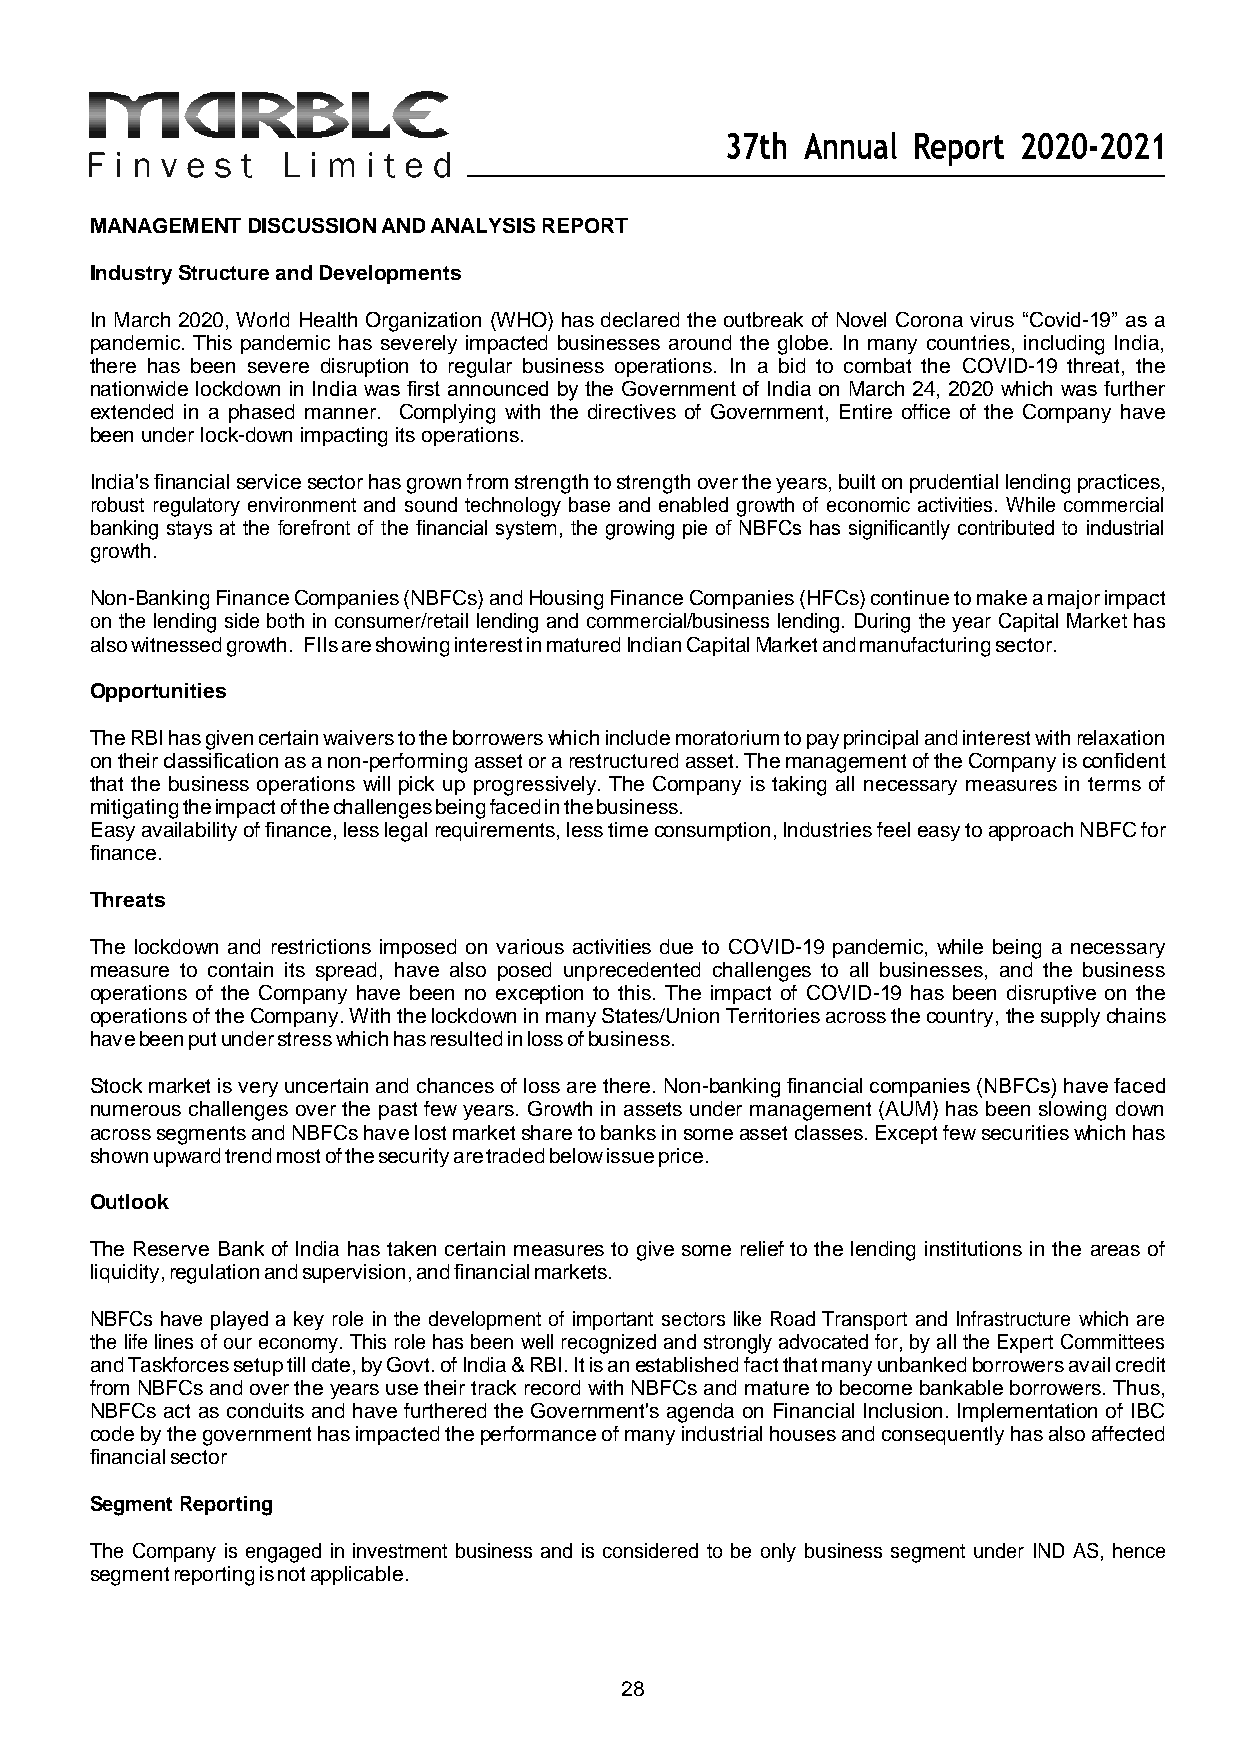
37th Annual Report 2020-2021
 MANAGEMENT DISCUSSION AND ANALYSIS REPORT
 Industry Structure and Developments
 In March 2020, World Health Organization (WHO) has declared the outbreak of Novel Corona virus “Covid-19” as a
 pandemic. This pandemic has severely impacted businesses around the globe. In many countries, including India,
 there has been severe disruption to regular business operations. In a bid to combat the COVID-19 threat, the
 nationwide lockdown in India was first announced by the Government of India on March 24, 2020 which was further
 extended in a phased manner. Complying with the directives of Government, Entire office of the Company have
 been under lock-down impacting its operations.
 India's financial service sector has grown from strength to strength over the years, built on prudential lending practices,
 robust regulatory environment and sound technology base and enabled growth of economic activities. While commercial
 banking stays at the forefront of the financial system, the growing pie of NBFCs has significantly contributed to industrial
 growth.
 Non-Banking Finance Companies (NBFCs) and Housing Finance Companies (HFCs) continue to make a major impact
 on the lending side both in consumer/retail lending and commercial/business lending. During the year Capital Market has
 also witnessed growth. FIIs are showing interest in matured Indian Capital Market and manufacturing sector.
 Opportunities
 The RBI has given certain waivers to the borrowers which include moratorium to pay principal and interest with relaxation
 on their classification as a non-performing asset or a restructured asset. The management of the Company is confident
 that the business operations will pick up progressively. The Company is taking all necessary measures in terms of
 mitigating the impact of the challenges being faced in the business.
 Easy availability of finance, less legal requirements, less time consumption, Industries feel easy to approach NBFC for
 finance.
 Threats
 The lockdown and restrictions imposed on various activities due to COVID-19 pandemic, while being a necessary
 measure to contain its spread, have also posed unprecedented challenges to all businesses, and the business
 operations of the Company have been no exception to this. The impact of COVID-19 has been disruptive on the
 operations of the Company. With the lockdown in many States/Union Territories across the country, the supply chains
 have been put under stress which has resulted in loss of business.
 Stock market is very uncertain and chances of loss are there. Non-banking financial companies (NBFCs) have faced
 numerous challenges over the past few years. Growth in assets under management (AUM) has been slowing down
 across segments and NBFCs have lost market share to banks in some asset classes. Except few securities which has
 shown upward trend most of the security are traded below issue price.
 Outlook
 The Reserve Bank of India has taken certain measures to give some relief to the lending institutions in the areas of
 liquidity, regulation and supervision, and financial markets.
 NBFCs have played a key role in the development of important sectors like Road Transport and Infrastructure which are
 the life lines of our economy. This role has been well recognized and strongly advocated for, by all the Expert Committees
 and Taskforces setup till date, by Govt. of India & RBI. It is an established fact that many unbanked borrowers avail credit
 from NBFCs and over the years use their track record with NBFCs and mature to become bankable borrowers. Thus,
 NBFCs act as conduits and have furthered the Government's agenda on Financial Inclusion. Implementation of IBC
 code by the government has impacted the performance of many industrial houses and consequently has also affected
 financial sector
 Segment Reporting
 The Company is engaged in investment business and is considered to be only business segment under IND AS, hence
 segment reporting is not applicable.
 28